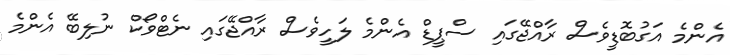
އެންމެ އަގުބޮޑީވެސް ރާއްޖޭގައި ސްޕީޑް އެންމެ ލަހީވެސް ރާއްޖޭގައި ނެޓްވޯކް ނުލިބޭ އެންމެ